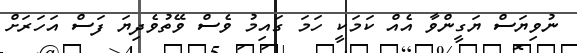
ނުވިޔަސް ޔަގީންވާ އެއް ކަމަކީ ހަމަ ގައިމު ވެސް ވޭތުވެދިޔަ ފަސް އަހަރަށް